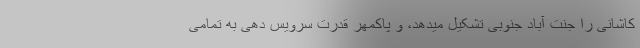
کاشانی را جنت آباد جنوبی تشکیل میدهد، و پاکمهر قدرت سرویس دهی به تمامی